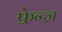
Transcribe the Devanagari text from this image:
फ़्रेन्ज़